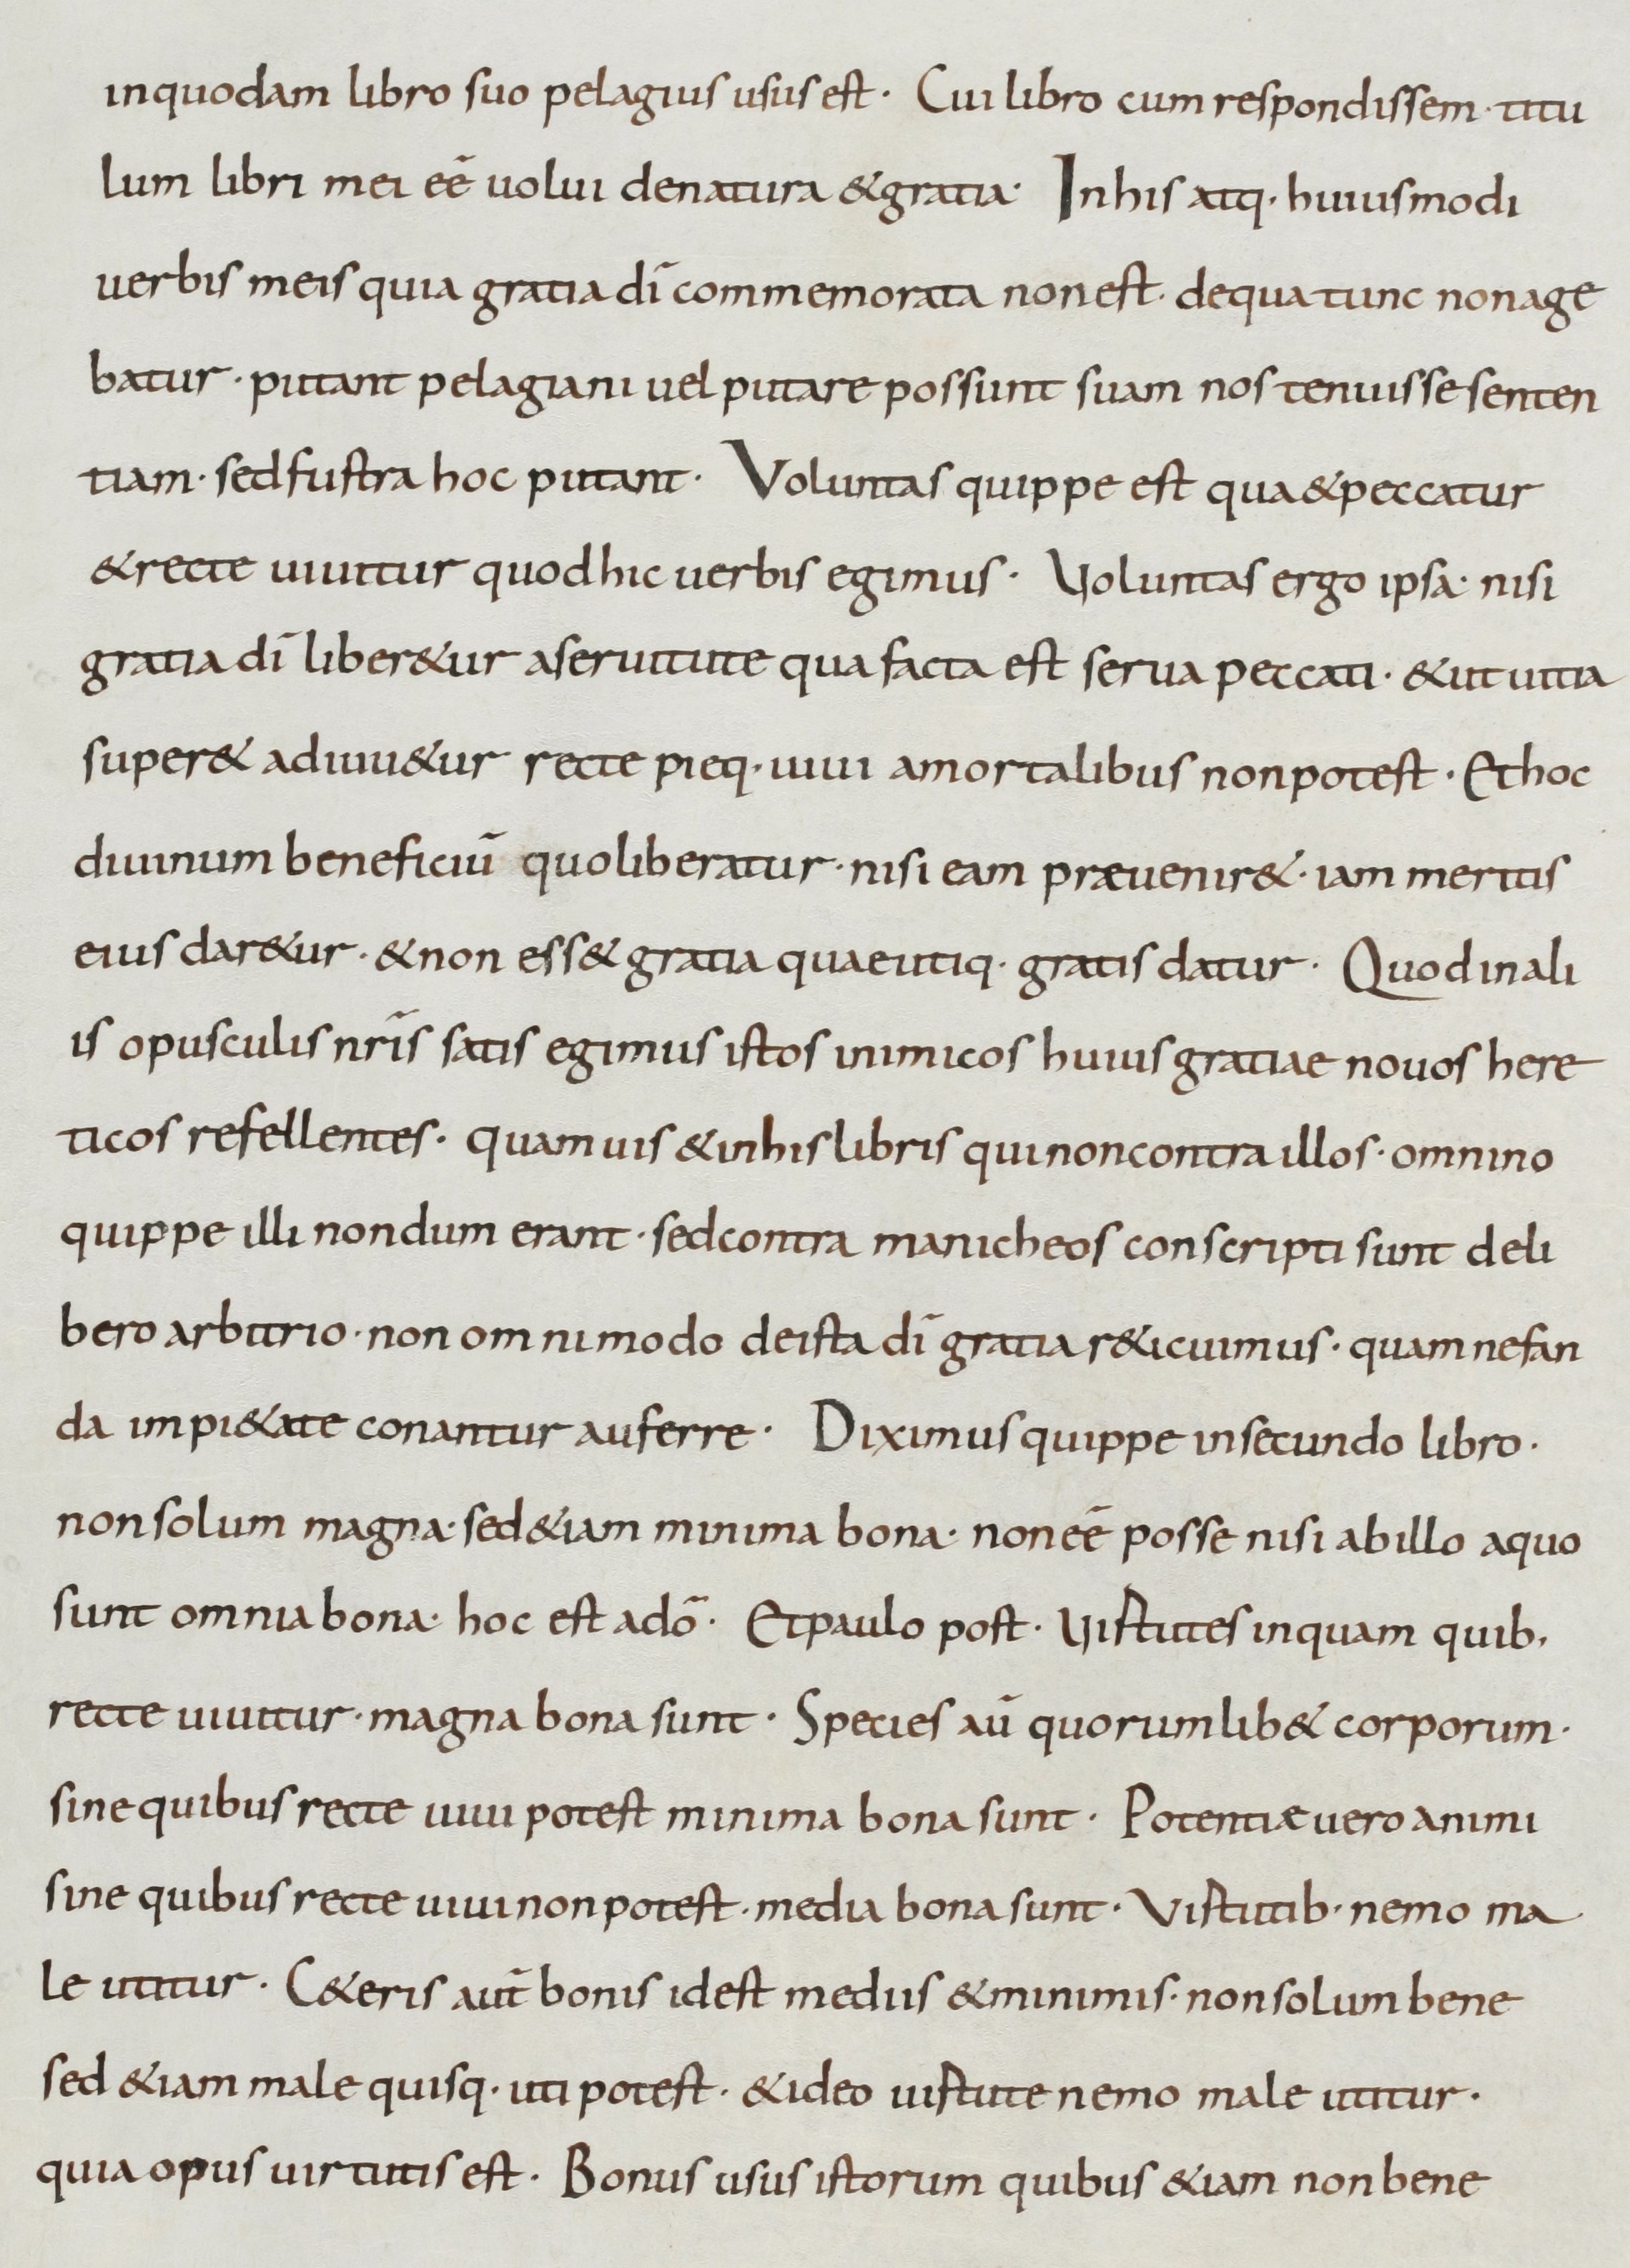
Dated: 800–899